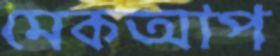
মেকআপ